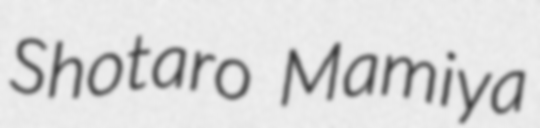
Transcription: Shotaro Mamiya